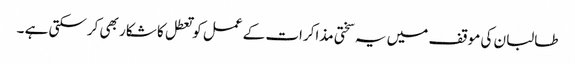
طالبان کی موقف میں یہ سختی مذاکرات کے عمل کو تعطل کا شکار بھی کرسکتی ہے ۔